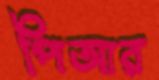
পিআর